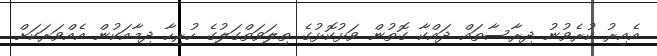
އެއިރު ކުރެވުނު ދިރާސާތައް ދައްކާ ގޮތުން ވަޅުކޮޅުގެ ތިލަވަތްގަލުގެ ހުރިހާ ދިމާއަކުން އެއްވަރަކަށް